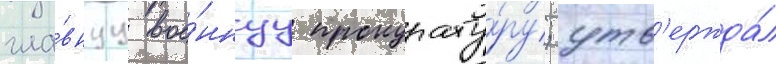
гла́внуу вое́ннуу прокурату́ру; утв'ержда́л